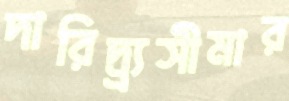
দারিদ্র্র্যসীমার